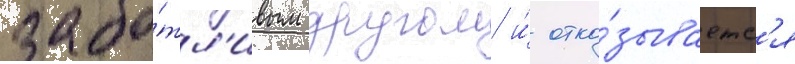
забо́тл'ивым другом и́ отка́зываетс'я